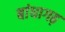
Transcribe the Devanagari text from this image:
बांधागढ़